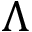
\Lambda